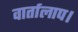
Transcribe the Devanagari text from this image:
वार्तालाप।